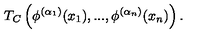
T _ { C } \left( \phi ^ { ( \alpha _ { 1 } ) } ( x _ { 1 } ) , . . . , \phi ^ { ( \alpha _ { n } ) } ( x _ { n } ) \right) .